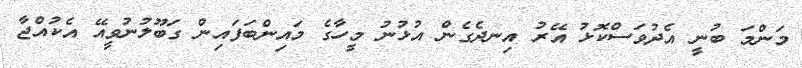
މަންމަ ބުނީ އެދުވަސްކޮޅު އޭރު އިނދެގެން އުޅުނު މީހާގެ މައިންބަފައިން ގަބޫލުނުވީއޭ އެކުއްޖާ